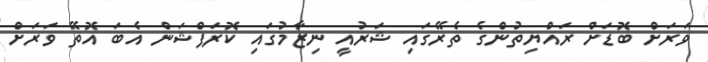
ވަރަށް ބޮޑަށް ރައްޔިތުންގެ ތެރޭގައި ޝަރުއީ ނިޒާމުގައި ކޮރަޕްޝަން އެބަ އޮތޭ ވަރަށް